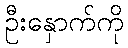
ဦးနှောက်ကို